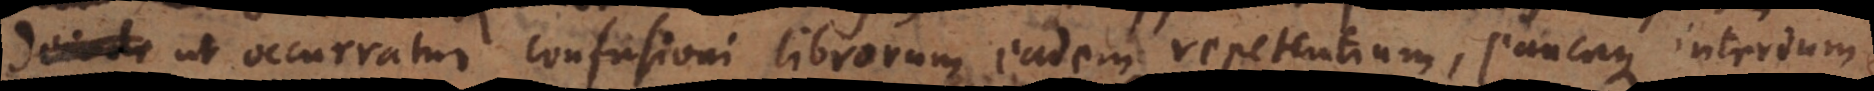
ut occurratur confusioni librorum eadem repetentium, paucaque interdum